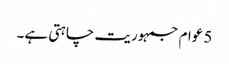
5 عوام جمہوریت چاہتی ہے۔